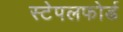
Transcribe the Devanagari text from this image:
स्टेपलफोर्ड